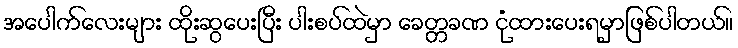
အပေါက်လေးများ ထိုးဆွပေးပြီး ပါးစပ်ထဲမှာ ခေတ္တခဏ ငုံထားပေးရမှာဖြစ်ပါတယ်။